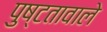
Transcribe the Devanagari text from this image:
पुष्टतावाले